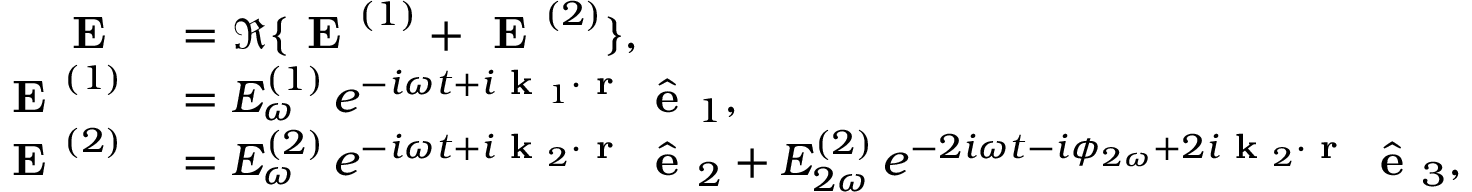
\begin{array} { r l } { \textbf { E } } & { { } = \Re \{ \textbf { E } ^ { ( 1 ) } + \textbf { E } ^ { ( 2 ) } \} , } \\ { \textbf { E } ^ { ( 1 ) } } & { { } = E _ { \omega } ^ { ( 1 ) } \, e ^ { - i \omega t + i \textbf { k } _ { 1 } \cdot \textbf { r } } \, \hat { \textbf { e } } _ { 1 } , } \\ { \textbf { E } ^ { ( 2 ) } } & { { } = E _ { \omega } ^ { ( 2 ) } \, e ^ { - i \omega t + i \textbf { k } _ { 2 } \cdot \textbf { r } } \, \hat { \textbf { e } } _ { 2 } + E _ { 2 \omega } ^ { ( 2 ) } \, e ^ { - 2 i \omega t - i \phi _ { 2 \omega } + 2 i \textbf { k } _ { 2 } \cdot \textbf { r } } \, \hat { \textbf { e } } _ { 3 } , } \end{array}